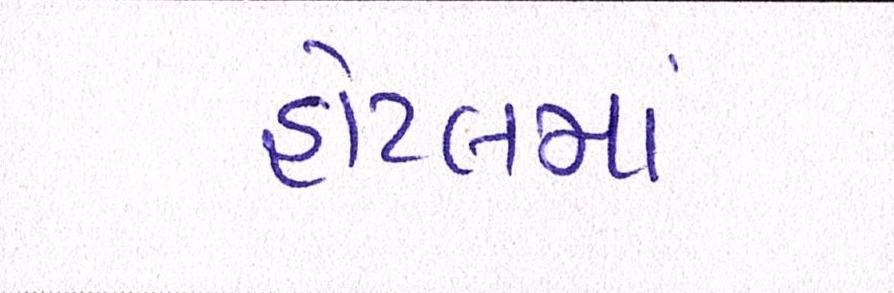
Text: હોટલમાં